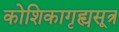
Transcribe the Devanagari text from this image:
कोशिकागृह्यसूत्र